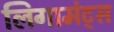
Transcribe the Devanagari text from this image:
लिगामंट्स